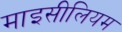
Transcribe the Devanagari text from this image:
माइसीलियम